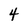
Character: 4